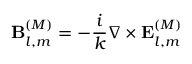
\mathbf { B } _ { l , m } ^ { ( M ) } = - { \frac { i } { k } } \nabla \times \mathbf { E } _ { l , m } ^ { ( M ) }